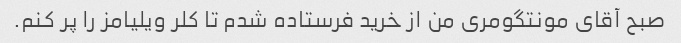
صبح آقای مونتگومری من از خرید فرستاده شدم تا کلر ویلیامز را پر کنم.